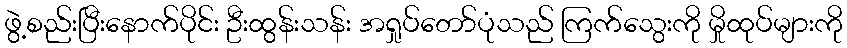
ဖွဲ့စည်းပြီးနောက်ပိုင်း ဦးထွန်းသန်း အရှုပ်တော်ပုံသည် ကြက်သွေးကို မှိုထုပ်များကို